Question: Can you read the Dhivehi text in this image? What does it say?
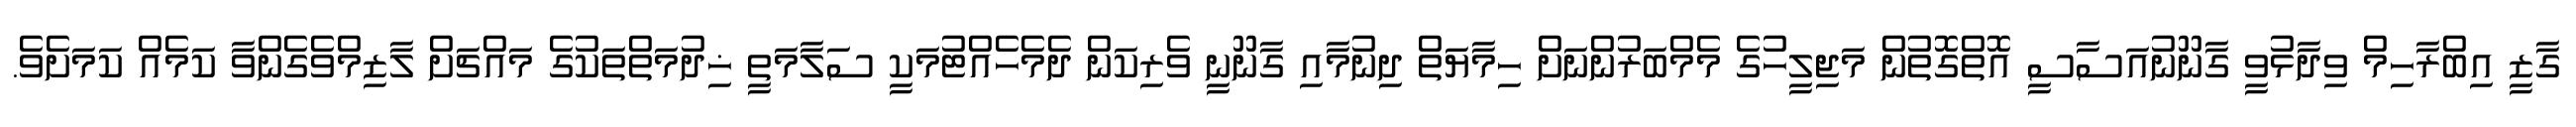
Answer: ގާޒީ އިބްރާހިމް ވިދާޅުވީ ގާނޫނުއަސާސީ އޮތްގޮތުން މަޖިލީހުގެ މެމްބަރުންނަށް ހިމާޔަތް ދިނުމާއި ގާނޫނީ ވެރިކަން ދެމެހެއްޓުމަކީ ސަލާމަތީ ޚިދުމަތްތަކުގެ މައްޗަށް ލާޒިމްވެގެންވާ ކަމެއް ކަމަށެވެ.